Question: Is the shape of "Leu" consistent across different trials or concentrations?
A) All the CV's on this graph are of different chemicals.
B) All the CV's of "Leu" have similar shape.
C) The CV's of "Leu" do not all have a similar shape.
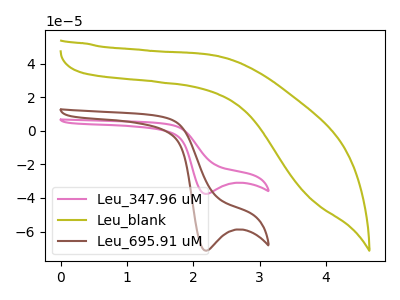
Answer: <think>The pink curve "Leu_347.96 uM" has a cathodic peak at: (2.20V, -37.60uA). The olive curve "Leu_blank" has no peaks. The brown curve "Leu_695.91 uM" has a cathodic peak at: (2.20V, -71.40uA).
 "Leu_347.96 uM" and "Leu_blank" have a different number of peaks. All the peaks in "Leu_347.96 uM" have a peak in "Leu_695.91 uM" at the same potential. Every peak in "Leu_347.96 uM" is lower than every peak in "Leu_695.91 uM". "Leu_blank" and "Leu_695.91 uM" have a different number of peaks.</think>
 <answer>B) All the CV's of "Leu" have similar shape.</answer>
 <eval>B</eval>